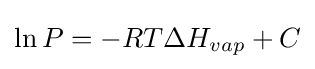
\ln P=-RT\Delta H_{vap}+C